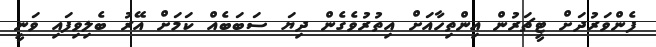
ފެންވަރުދަށް ޓީޗަރުން އިންތިހާއަށް އިތުރުވެގެން ދިޔަ ސަބަބެއް ކަމަށް އޭރު ބެލިވިފައި ވަނީ